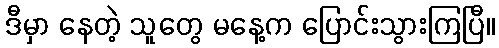
ဒီမှာ နေတဲ့ သူတွေ မနေ့က ပြောင်းသွားကြပြီ။